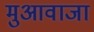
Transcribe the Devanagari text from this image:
मुआवाजा